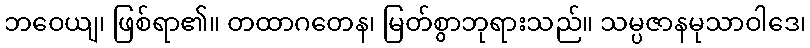
ဘဝေယျ၊ ဖြစ်ရာ၏။ တထာဂတေန၊ မြတ်စွာဘုရားသည်။ သမ္ပဇာနမုသာဝါဒေ၊